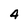
Character: 4